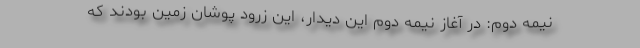
نیمه دوم: در آغاز نیمه دوم این دیدار، این زرود پوشان زمین بودند که